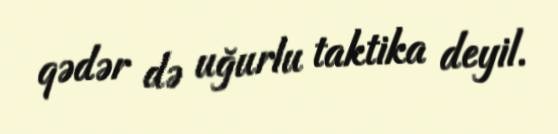
qədər də uğurlu taktika deyil.